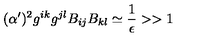
( \alpha ^ { \prime } ) ^ { 2 } g ^ { i k } g ^ { j l } B _ { i j } B _ { k l } \simeq { \frac { 1 } { \epsilon } } > > 1